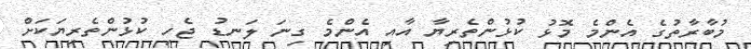
މުބާރާތުގެ އެންމެ މޮޅު ކުޅުންތެރިޔާ އާއި އެންމެ ގިނަ ލަނޑު ޖެހި ކުޅުންތެރިޔަކަށް